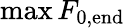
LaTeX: \operatorname*{max}F_{0,\mathrm{end}}